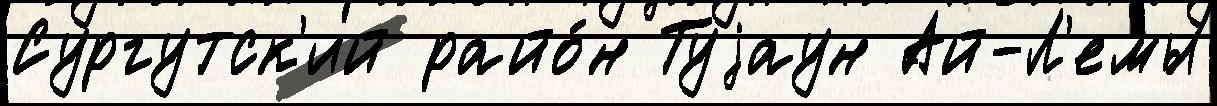
Сургутск'ий райо́н Туjаун Ай-Л'емы